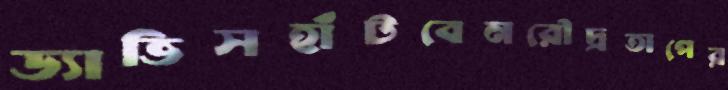
ড্যাভিসহাঁটবেনরৌদ্রতাপের